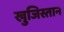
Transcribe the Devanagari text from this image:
खुजिस्तान